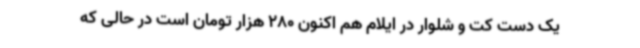
یک دست کت و شلوار در ایلام هم اکنون 280 هزار تومان است در حالی که